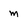
Character: m